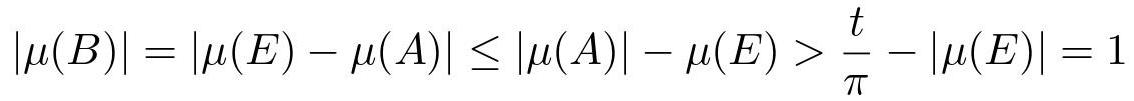
\[|\mu(B)| = |\mu(E) - \mu(A)| \leq |\mu(A)| - \mu(E) > \frac{t}{\pi} - |\mu(E)| = 1\]